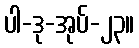
ပါ-ဒု-အုပ်-၂၃။